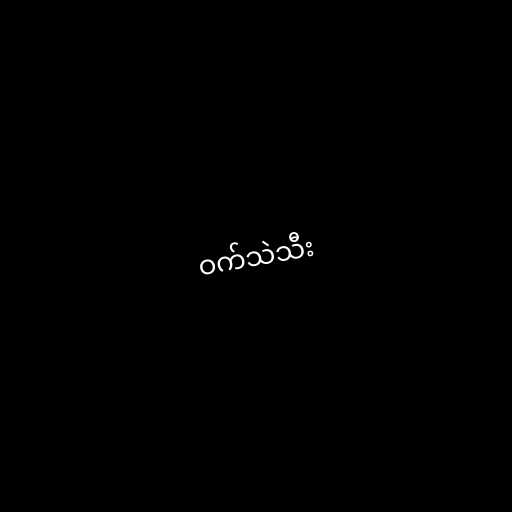
ဝက်သဲသီး